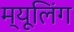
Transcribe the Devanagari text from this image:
म्यूलिंग